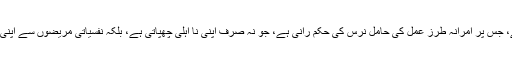
اس فلم میں ایک پاگل خانہ دِکھایا گیا ہے، جس پر آمرانہ طرزِ عمل کی حامل نرس کی حُکم رانی ہے، جو نہ صرف اپنی نا اہلی چُھپاتی ہے، بلکہ نفسیاتی مریضوں سے اپنی نا آسودہ خواہشات کا انتقام بھی لیتی ہے۔